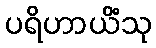
ပရိဟာယိံသု